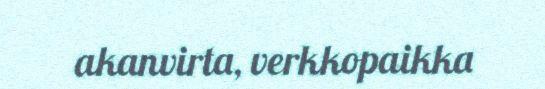
akanvirta, verkkopaikka